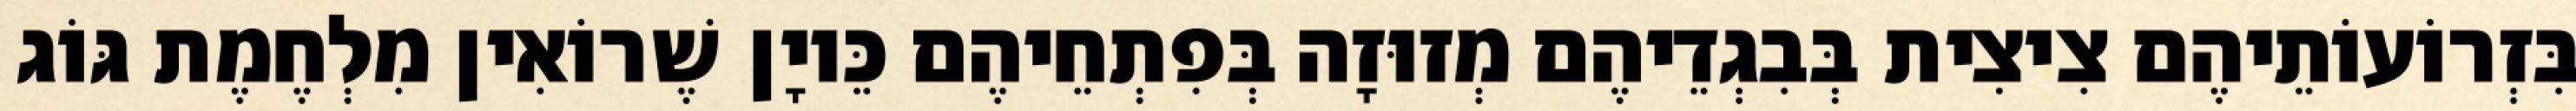
בִּזְרוֹעוֹתֵיהֶם צִיצִית בְּבִגְדֵיהֶם מְזוּזָה בְּפִתְחֵיהֶם כֵּיוָן שֶׁרוֹאִין מִלְחֶמֶת גּוֹג